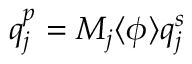
q _ { j } ^ { p } = M _ { j } \langle \phi \rangle q _ { j } ^ { s }